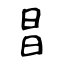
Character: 昌